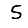
Digit: 5